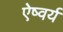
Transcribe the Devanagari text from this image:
ऐष्वर्य